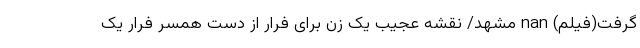
گرفت(فیلم) nan مشهد/ نقشه عجیب یک زن برای فرار از دست همسر فرار یک